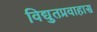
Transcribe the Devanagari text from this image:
विद्युतप्रवाहास